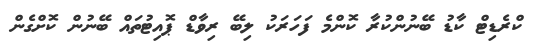
ކްރެޑިޓް ކާޑު ބޭނުންކުރާ ކޮންމެ ފަހަރަކު ލިބޭ ރިވާޑް ޕޮއިޓުތައް ބޭނުން ކޮށްގެން